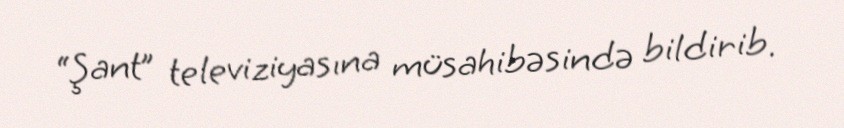
“Şant” televiziyasına müsahibəsində bildirib.